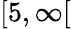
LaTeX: [5,\infty[